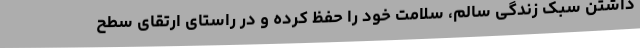
داشتن سبک زندگی سالم، سلامت خود را حفظ کرده و در راستای ارتقای سطح